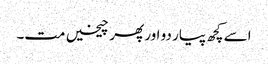
اسے کچھ پیار دو اور پھر چیخیں مت۔